Report of the Bombay Plague Committee
Disease focus: Plague
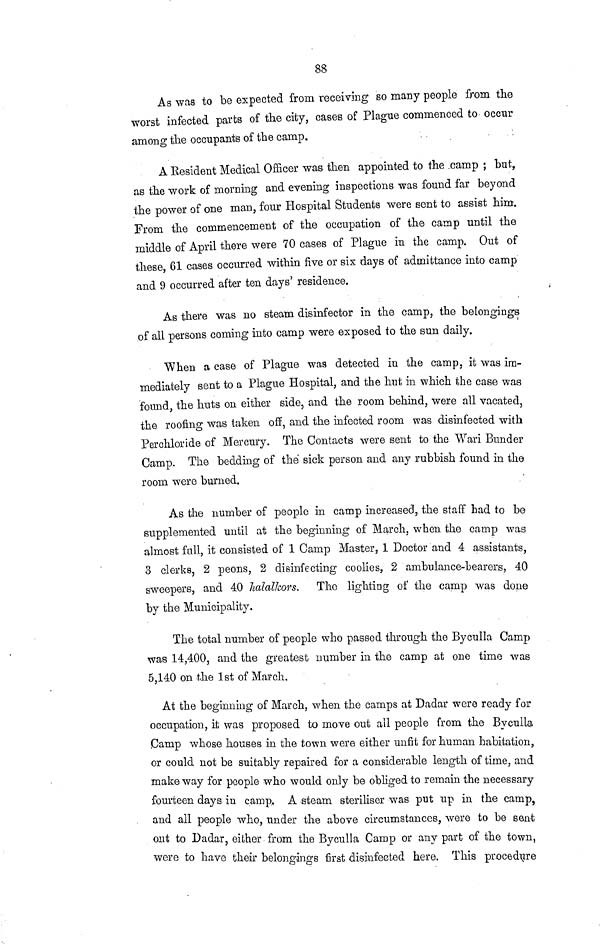
88
As was to be expected from receiving so many people from the
worst infected parts of the city, cases of Plague commenced to occur
among the occupants of the camp.
A Resident Medical Officer was then appointed to the camp ; but,
as the work of morning and evening inspections was found far beyond
the power of one man, four Hospital Students were sent to assist him.
From the commencement of the occupation of the camp until the
middle of April there were 70 cases of Plague in the camp. Out of
these, 61 cases occurred within five or six days of admittance into camp
and 9 occurred after ten days' residence.
As there was no steam disinfector in the camp, the belongings
of all persons coming into camp were exposed to the sun daily.
When a case of Plague was detected in the camp, it was im-
mediately sent to a Plague Hospital, and the hut in which the case was
found, the huts on either side, and the room behind, were all vacated,
the roofing was taken off, and the infected room was disinfected with
Perchloride of Mercury. The Contacts were sent to the Wari Bunder
Camp. The bedding of the sick person and any rubbish found in the
room were burned.
As the number of people in camp increased, the staff had to be
supplemented until at the beginning of March, when the camp was
almost full, it consisted of 1 Camp Master, 1 Doctor and 4 assistants,
3 clerks, 2 peons, 2 disinfecting coolies, 2 ambulance-bearers, 40
sweepers, and 40 halalkors. The lighting of the camp was done
by the Municipality.
The total number of people who passed through the Byculla Camp
was 14,400, and the greatest number in the camp at one time was
5,140 on the 1st of March,
At the beginning of March, when the camps at Dadar were ready for
occupation, it was proposed to move out all people from the Byculla
Camp whose houses in the town were either unfit for human habitation,
or could not be suitably repaired for a considerable length of time, and
make way for people who would only be obliged to remain the necessary
fourteen days in camp. A steam steriliser was put up in the camp,
and all people who, under the above circumstances, were to be sent
out to Dadar, either from the Byculla Camp or any part of the town,
were to have their belongings first disinfected here. This procedure